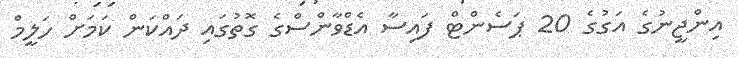
އިންޖީނުގެ އަގުގެ 20 ޕަސެންޓް ފައިސާ އެޑްވާންސްގެ ގޮތުގައި ދައްކަން ކަމަށް ހަލީމް